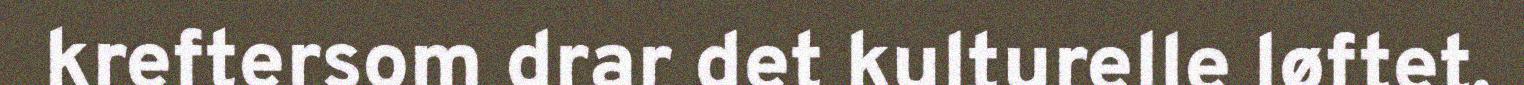
kreftersom drar det kulturelle løftet.